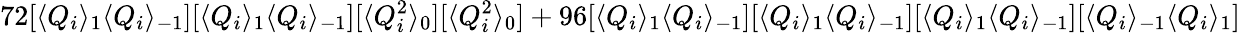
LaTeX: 72[\langle Q_{i}\rangle_{1}\langle Q_{i}\rangle_{-1}][\langle Q_{i}\rangle_{1}\langle Q_{i}\rangle_{-1}][\langle Q_{i}^{2}\rangle_{0}][\langle Q_{i}^{2}\rangle_{0}]+96[\langle Q_{i}\rangle_{1}\langle Q_{i}\rangle_{-1}][\langle Q_{i}\rangle_{1}\langle Q_{i}\rangle_{-1}][\langle Q_{i}\rangle_{1}\langle Q_{i}\rangle_{-1}][\langle Q_{i}\rangle_{-1}\langle Q_{i}\rangle_{1}]